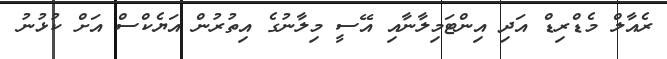
ރެއާލް މެޑްރިޑް އަދި އިންޓަމިލާނާއި އޭސީ މިލާނުގެ އިތުރުން އަޔެކްސް އަށް ކުޅުނު